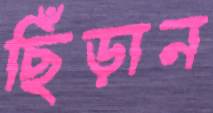
ছিঁড়ান